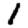
Digit: 1